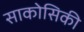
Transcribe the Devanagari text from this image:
साकोसिकी